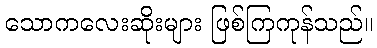
သောကလေးဆိုးများ ဖြစ်ကြကုန်သည်။